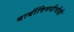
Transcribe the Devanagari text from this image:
बाबींविषयीचीही